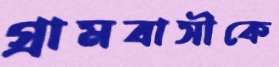
গ্রামবাসীকে